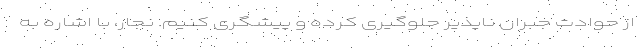
از حوادث جبران ناپذیر جلوگیری کرده و پیشگری کنیم. نجار، با اشاره به